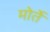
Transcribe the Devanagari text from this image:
मोर्ते